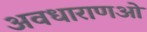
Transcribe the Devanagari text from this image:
अवधाराणओं